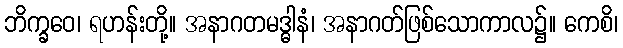
ဘိက္ခဝေ၊ ရဟန်းတို့။ အနာဂတမဒ္ဓါနံ၊ အနာဂတ်ဖြစ်သောကာလ၌။ ကေစိ၊